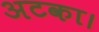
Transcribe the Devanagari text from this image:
अटका।